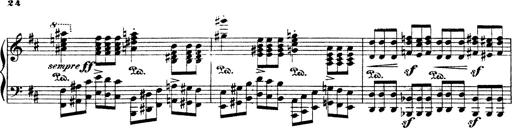
Title: Illustrations de l'opÃ©ra L'Africaine
Composer: Franz Liszt